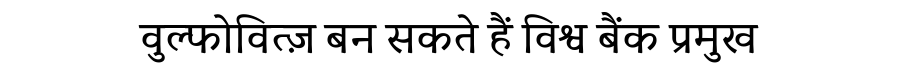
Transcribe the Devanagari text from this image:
वुल्फोवित्ज़ बन सकते हैं विश्व बैंक प्रमुख